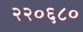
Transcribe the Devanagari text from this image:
२२०६८०